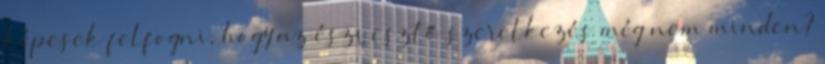
képesek felfogni, hogy az észvesztő szeretkezés még nem minden?